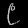
Digit: ၉